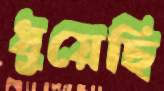
ধুয়েছি